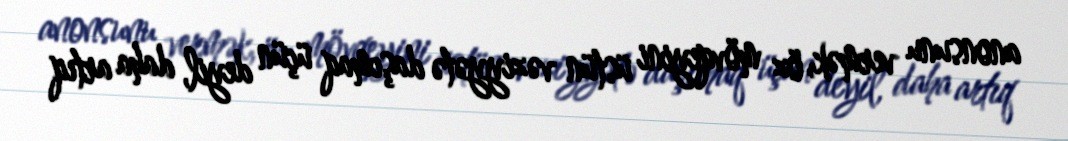
anonsunu vermək, öz mövqeyini üstün vəziyyətə daşımaq üçün deyil, daha artıq